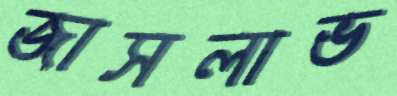
জাসলাভ